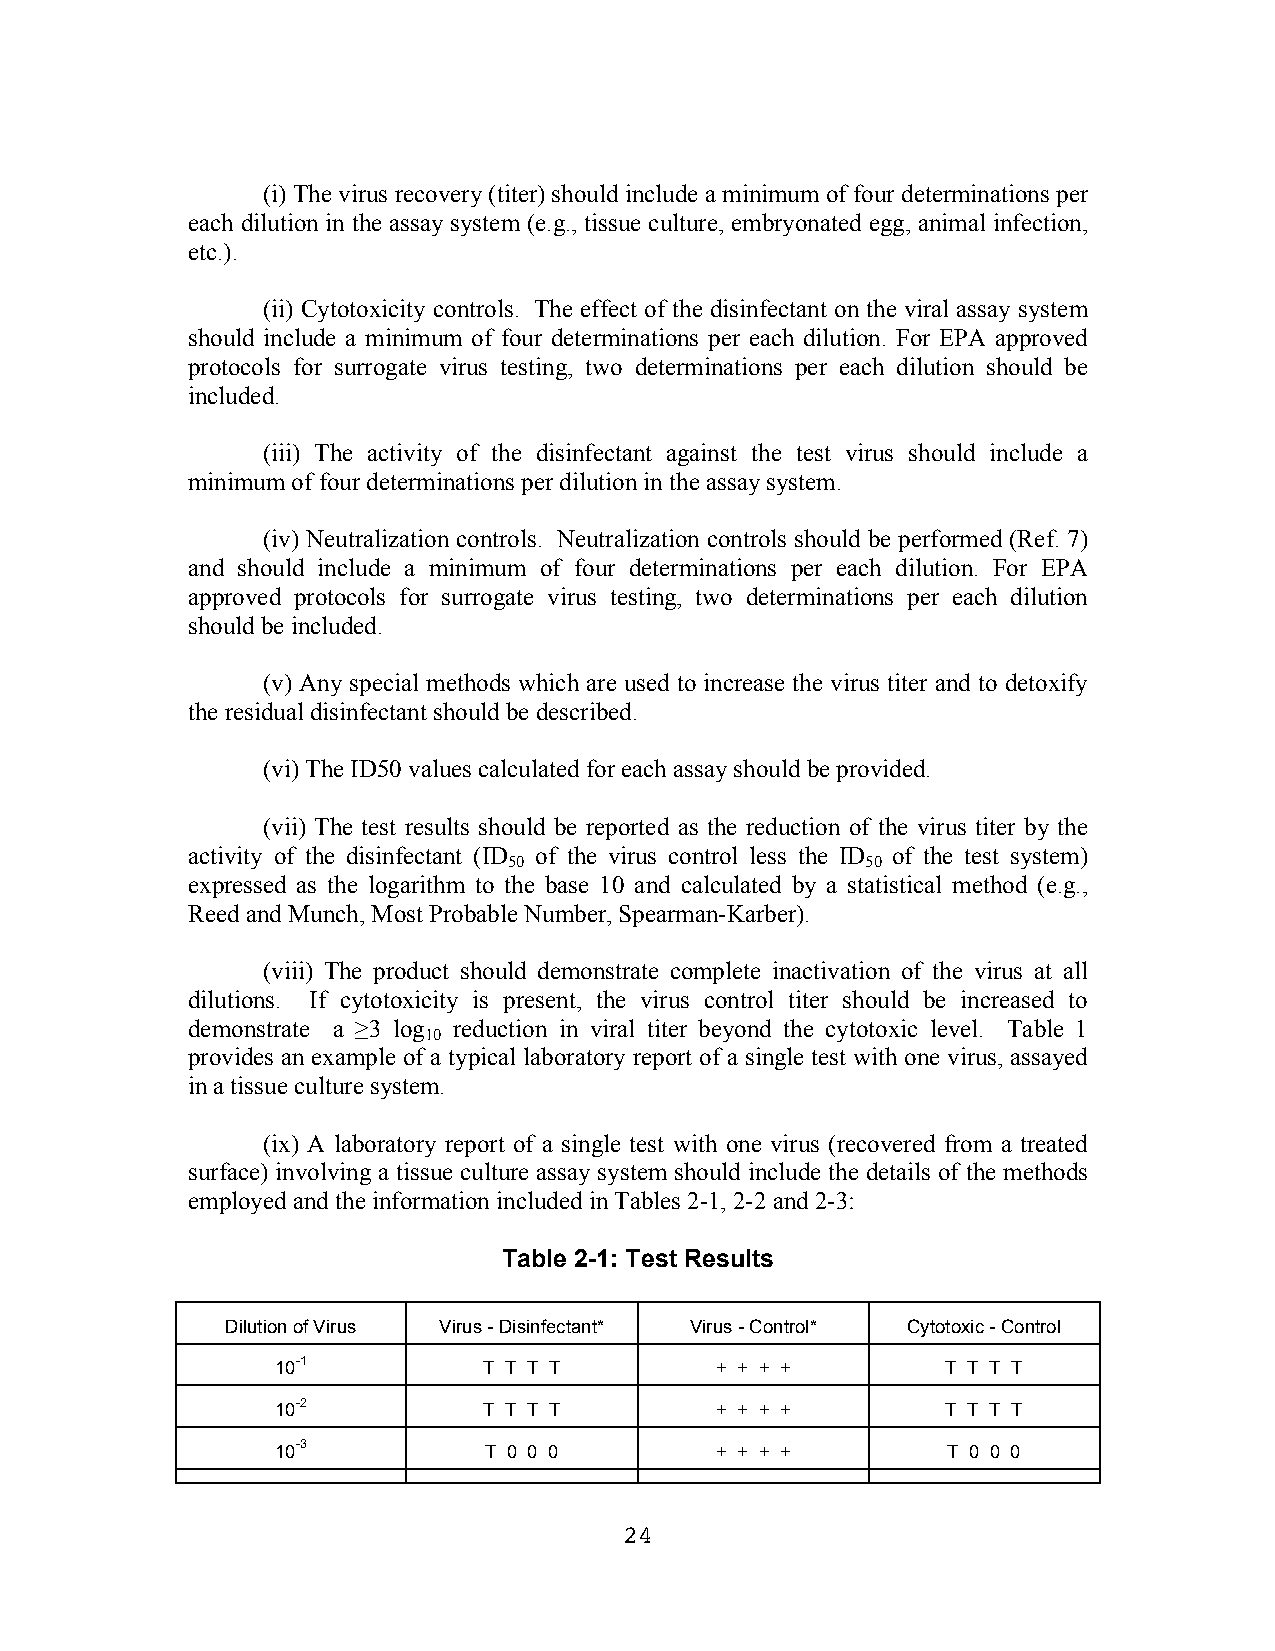
(i) The virus recovery (titer) should include a minimum of four determinations per
 each dilution in the assay system (e.g., tissue culture, embryonated egg, animal infection,
 etc.).
 (ii) Cytotoxicity controls. The effect of the disinfectant on the viral assay system
 should include a minimum of four determinations per each dilution. For EPA approved
 protocols for surrogate virus testing, two determinations per each dilution should be
 included.
 (iii) The activity of the disinfectant against the test virus should include a
 minimum of four determinations per dilution in the assay system.
 (iv) Neutralization controls. Neutralization controls should be performed (Ref. 7)
 and should include a minimum of four determinations per each dilution. For EPA
 approved protocols for surrogate virus testing, two determinations per each dilution
 should be included.
 (v) Any special methods which are used to increase the virus titer and to detoxify
 the residual disinfectant should be described.
 (vi) The ID50 values calculated for each assay should be provided.
 (vii) The test results should be reported as the reduction of the virus titer by the
 activity of the disinfectant (ID of the virus control less the ID of the test system)
 50                     50
 expressed as the logarithm to the base 10 and calculated by a statistical method (e.g.,
 Reed and Munch, Most Probable Number, Spearman-Karber).
 (viii) The product should demonstrate complete inactivation of the virus at all
 dilutions. If cytotoxicity is present, the virus control titer should be increased to
 demonstrate a ≥3 log reduction in viral titer beyond the cytotoxic level. Table 1
 10
 provides an example of a typical laboratory report of a single test with one virus, assayed
 in a tissue culture system.
 (ix) A laboratory report of a single test with one virus (recovered from a treated
 surface) involving a tissue culture assay system should include the details of the methods
 employed and the information included in Tables 2-1, 2-2 and 2-3:
 Table 2-1: Test Results
 Dilution of Virus Virus - Disinfectant* Virus - Control* Cytotoxic - Control
 10-1          T T T T        + + + +         T T T T
 10-2          T T T T        + + + +         T T T T
 10-3          T 0 0 0        + + + +         T 0 0 0
 24